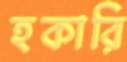
হকারি